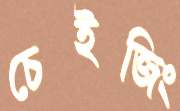
চেইজিং